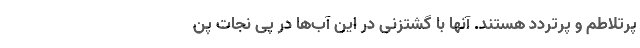
پرتلاطم و پرتردد هستند. آنها با گشتزنی در این آب‌ها در پی نجات پن